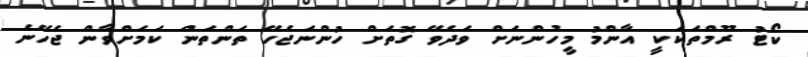
ކޯޓު ރޫމްތަކަކީ އާންމު މީހުންނަށް ވަދެވޭ ގޮތަށް ހުންނަޖެހޭ ތަންތަން ކަމަށްވާން ޖެހޭނެ